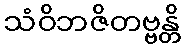
သံဝိဘဇိတဗ္ဗန္တိ